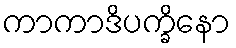
ကာကာဒိပက္ခိနော